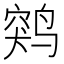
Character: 𱊖